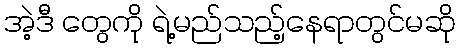
အဲ့ဒီ တွေကို ရဲ့မည်သည့်နေရာတွင်မဆို